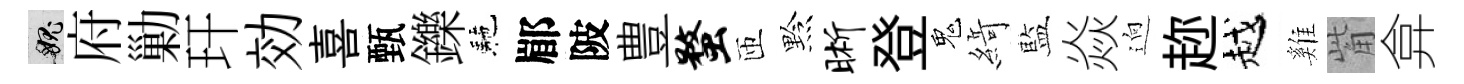
愧府勦玕効喜甄鑠駰郿陂豊蝥匝黔晰登鬼𦂶藍焱逈趂越雞觜弇